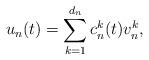
LaTeX: \begin{align*}u_n(t) = \sum\limits_{k=1}^{d_n} c_n^k(t) v_n^k,\end{align*}